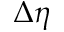
\Delta \eta